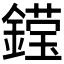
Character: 𮢽